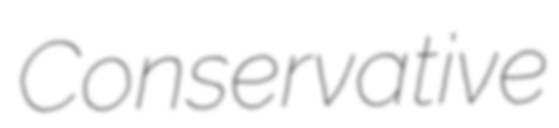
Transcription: Conservative